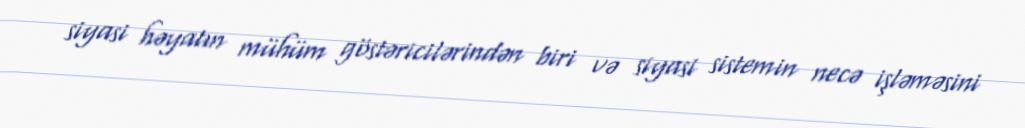
siyasi həyatın mühüm göstəricilərindən biri və siyasi sistemin necə işləməsini